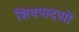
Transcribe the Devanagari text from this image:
शिवपादपाों